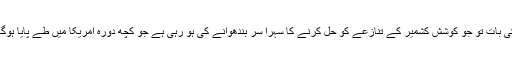
رہ گئی عالمی سطح پر کامیابی کے جھنڈے گاڑنے کی بات تو جو کوشش کشمیر کے تنازعے کو حل کرنے کا سہرا سر بندھوانے کی ہو رہی ہے جو کچھ دورہ امریکا میں طے پایا ہوگا وہ کشمیرکی بلی جلد ہی تھیلے سے باہر آ جائے گی۔